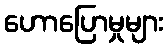
ဟောပြောမှုများ